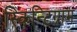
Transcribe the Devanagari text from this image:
स्किन्टिग्राम